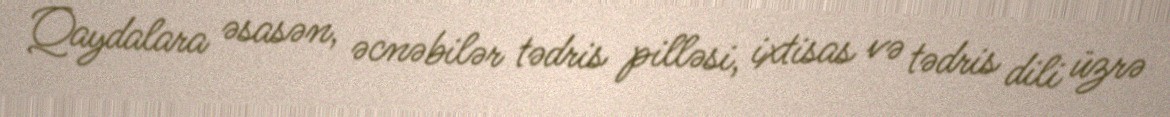
Qaydalara əsasən, əcnəbilər tədris pilləsi, ixtisas və tədris dili üzrə